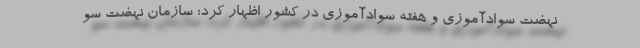
نهضت سوادآموزی و هفته سوادآموزی در کشور اظهار کرد: سازمان نهضت سو